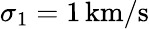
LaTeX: \sigma_{1}=1\, \mathrm{km/s}